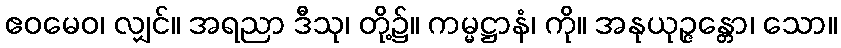
ဧဝမေဝ၊ လျှင်။ အရညာ ဒီသု၊ တို့၌။ ကမ္မဋ္ဌာနံ၊ ကို။ အနုယုဉ္ဇန္တော၊ သော။